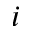
i